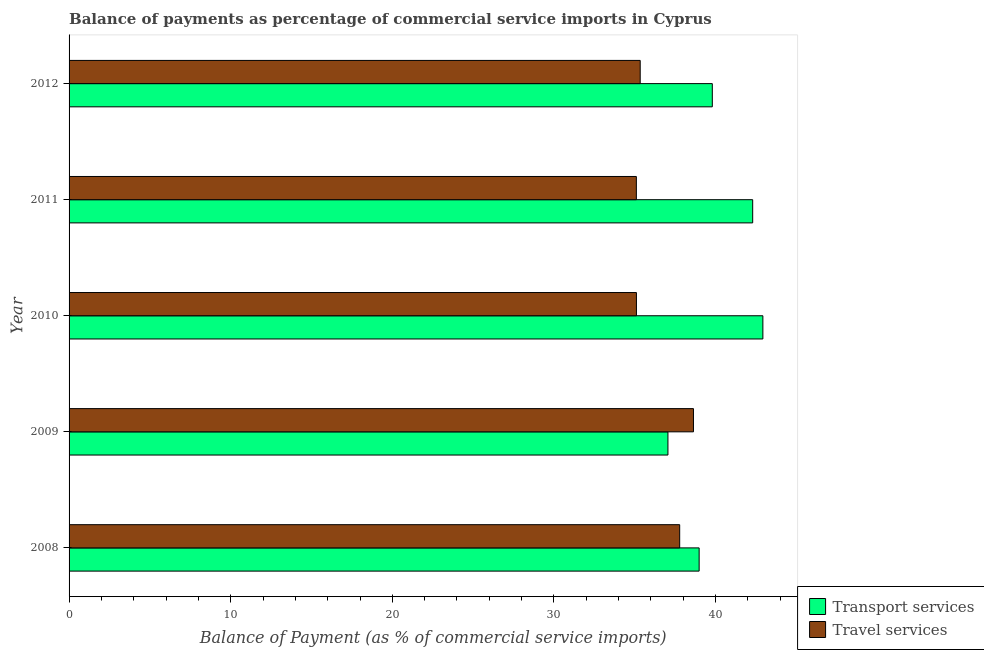
| Year | Transport services | Travel services |
 | --- | --- | --- |
 | 2008 | 39 | 37.8 |
 | 2009 | 37.1 | 38.6 |
 | 2010 | 42.9 | 35.1 |
 | 2011 | 42.3 | 35.1 |
 | 2012 | 39.8 | 35.3 |